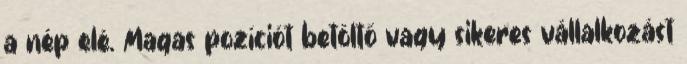
a nép elé. Magas pozíciót betöltő vagy sikeres vállalkozást